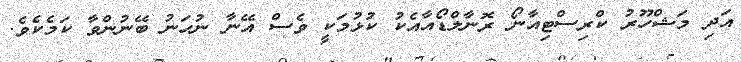
އަދި މަޝްހޫރު ކްރިސްޓިއާނޯ ރޮނާލްޑޯއާއެކު ކުޅުމަކީ ވެސް އޭނާ ނުހަނު ބޭނުންވާ ކަމެކެވެ.